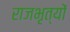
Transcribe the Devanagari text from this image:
राजभृत्यों